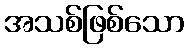
အသစ်ဖြစ်သော